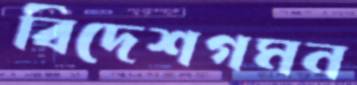
বিদেশগমন